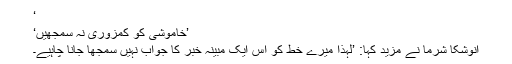
‘
’خاموشی کو کمزوری نہ سمجھیں‘
انوشکا شرما نے مزید کہا: ’لہٰذا میرے خط کو اس ایک مبینہ خبر کا جواب نہیں سمجھا جانا چاہیے۔